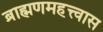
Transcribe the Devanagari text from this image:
ब्राह्मणमहत्त्वास